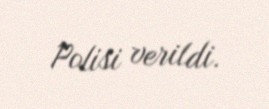
Polisi verildi.